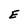
Character: E